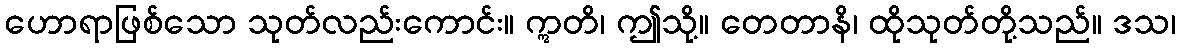
ဟောရာဖြစ်သော သုတ်လည်းကောင်း။ ဣတိ၊ ဤသို့။ တေတာနိ၊ ထိုသုတ်တို့သည်။ ဒသ၊